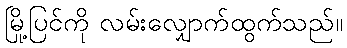
မြို့ပြင်ကို လမ်းလျှောက်ထွက်သည်။